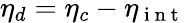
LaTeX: \eta_{d}=\eta_{c}-\eta_{\mathrm{~i~n~t~}}